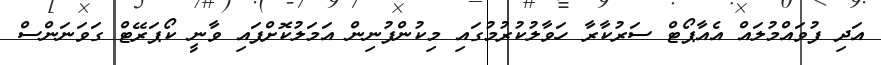
އަދި ފުވައްމުލައް އެއާޕޯޓް ސަރުކާރާ ހަވާލުކުރުމުގައި މިކުންފުނިން އަމަލުކޮށްފައި ވާނީ ކޯޕަރޭޓް ގަވަނަންސް